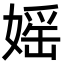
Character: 媱